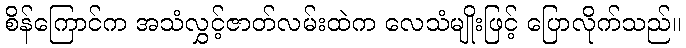
စိန်ကြောင်က အသံလွှင့်ဇာတ်လမ်းထဲက လေသံမျိုးဖြင့် ပြောလိုက်သည်။